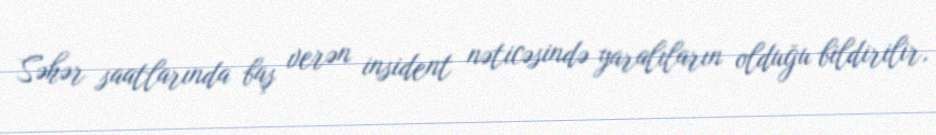
Səhər saatlarında baş verən insident nəticəsində yaralıların olduğu bildirilir,